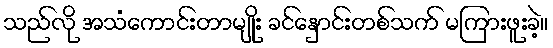
သည်လို အသံကောင်းတာမျိုး ခင်နှောင်းတစ်သက် မကြားဖူးခဲ့။